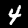
Label: 4